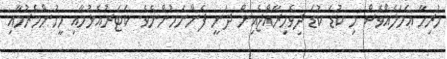
ހުރިހާ ޢަމަލެއްވެސް މި ކުޑަ ކުޑަ ދިވެހިރާއްޖެއިން ދަނީ ފެންނަމުންނެވެ. ކަޓަރުއެޅުމާއި މީހުންމެރުމާއި